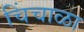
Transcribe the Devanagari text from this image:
चिंचाळा